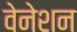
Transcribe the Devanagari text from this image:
वेनेशन